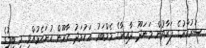
ސަރުކާރުގެ ފަރާތުން މަނަދޫ ދާއިރާގެ މެމްބަރު އަހުމަދު ހާރޫން ހުށަހެޅުއްވި މި ބިލުގެ